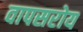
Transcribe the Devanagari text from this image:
वापसरोय